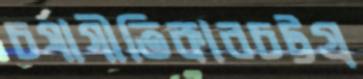
চর্যাগীতিকারচট্টগ্র